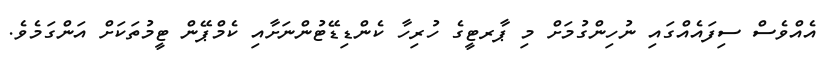
އެއްވެސް ސިފައެއްގައި ނުހިންގުމަށް މި ޕާރޓީގެ ހުރިހާ ކެންޑިޑޭޓުންނަށާއި ކެމްޕޭން ޓީމުތަކަށް އަންގަމެވެ.